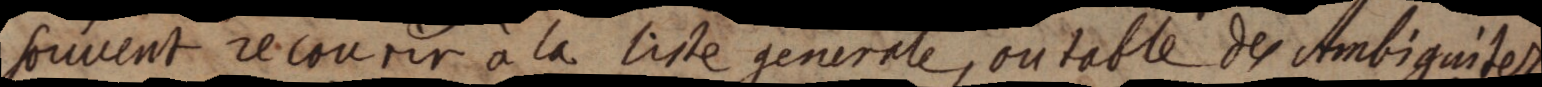
souvent recourir à la liste generale, ou table des Ambiguitez